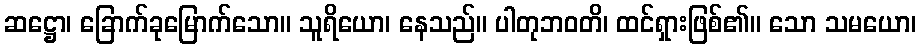
ဆဋ္ဌော၊ ခြောက်ခုမြောက်သော။ သူရိယော၊ နေသည်။ ပါတုဘဝတိ၊ ထင်ရှားဖြစ်၏။ သော သမယော၊